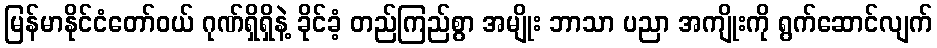
မြန်မာနိုင်ငံတော်ဝယ် ဂုဏ်ရှိရှိနဲ့ ခိုင်ခံ့ တည်ကြည်စွာ အမျိုး ဘာသာ ပညာ အကျိုးကို ရွက်ဆောင်လျက်